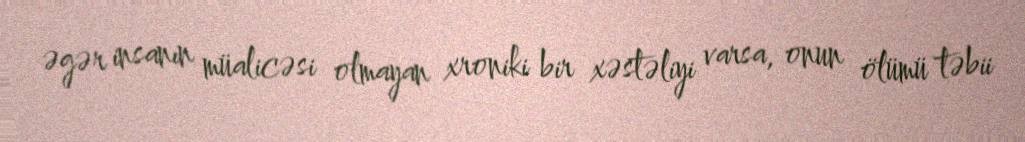
əgər insanın müalicəsi olmayan xroniki bir xəstəliyi varsa, onun ölümü təbii